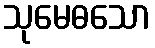
သုမေဓသော